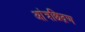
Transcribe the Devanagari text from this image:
आंत्रछिद्रण